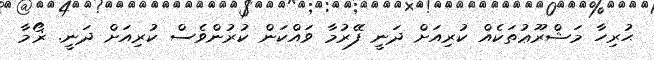
ޙުރިހާ މަޝްރޫޢުތަކެއް ކުރިއަށް ދަނީ ފޭރުމާ ވައްކަން ކުރުންވެސް ކުރިއަށް ދަނީ. ޜޯމާ